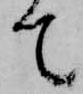
て